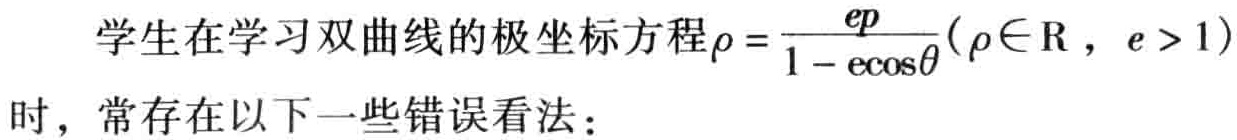
学生在学习双曲线的极坐标方程\(\rho = \frac{ep}{1 - e\cos\theta}(\rho\in \mathrm{R}，e > 1)\)时，常存在以下一些错误看法：